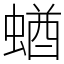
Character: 蝤